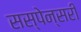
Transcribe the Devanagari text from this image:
सस्पेन्सरी